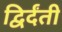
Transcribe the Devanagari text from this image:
द्विर्दंती